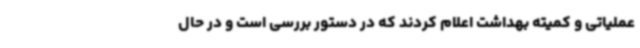
عملیاتی و کمیته بهداشت اعلام کردند که در دستور بررسی است و در حال